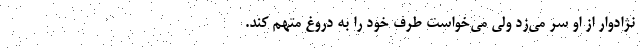
نژاد‌وار از او سر می‌زد ولی می‌خواست طرف خود را به دروغ متهم کند.